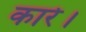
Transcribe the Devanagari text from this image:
कारे।